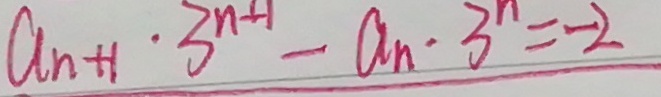
a _ { n + 1 } \cdot 3 ^ { n + 1 } - a _ { n } \cdot 3 ^ { n } = - 2